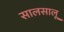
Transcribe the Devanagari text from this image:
सालसालू